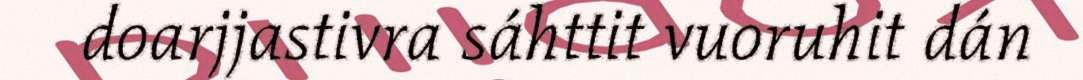
doarjjastivra sáhttit vuoruhit dán